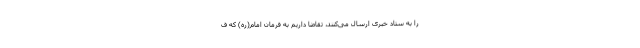
را به ستاد خبری ارسال می‌کنند، تقاضا داریم به فرمان امام(ره) که ف